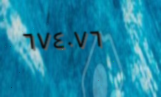
٦٧٤٠٧٦